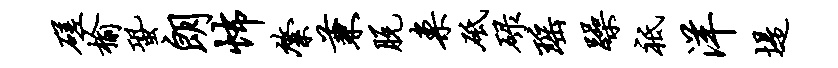
磋榆蛩朗怖綮兼脱案砥碌瑶躁祗洋堤